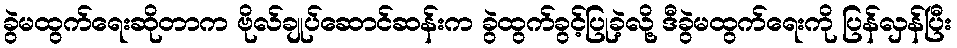
ခွဲမထွက်ရေးဆိုတာက ဗိုလ်ချုပ်ဆောင်ဆန်းက ခွဲထွက်ခွင့်ပြုခဲ့လို့ ဒီခွဲမထွက်ရေးကို ပြန်လှန်ပြီး